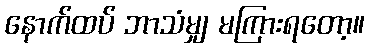
နောက်ထပ် ဘာသံမျှ မကြားရတော့။